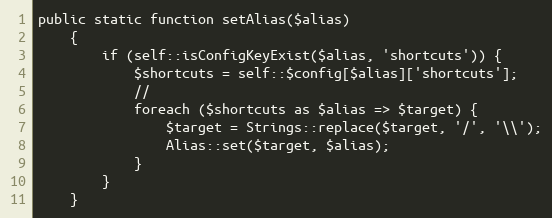
Language: PHP
public static function setAlias($alias)
    {
        if (self::isConfigKeyExist($alias, 'shortcuts')) {
            $shortcuts = self::$config[$alias]['shortcuts'];
            //
            foreach ($shortcuts as $alias => $target) {
                $target = Strings::replace($target, '/', '\\');
                Alias::set($target, $alias);
            }
        }
    }